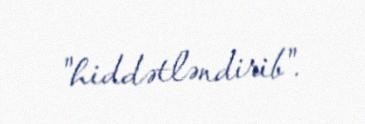
"hiddətləndirib".